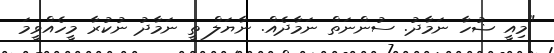
"މިއީ ޟުހާ ނަމާދު. ސުންނަތް ނަމާދެއް. ނާޔަލް ތީ ނަމާދު ނުކުރާ މީހެއްވީމަ